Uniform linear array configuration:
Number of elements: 32
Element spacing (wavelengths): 0.5
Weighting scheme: blackman
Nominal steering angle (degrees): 45
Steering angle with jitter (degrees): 46.619
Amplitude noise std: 0.05
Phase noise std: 0.05

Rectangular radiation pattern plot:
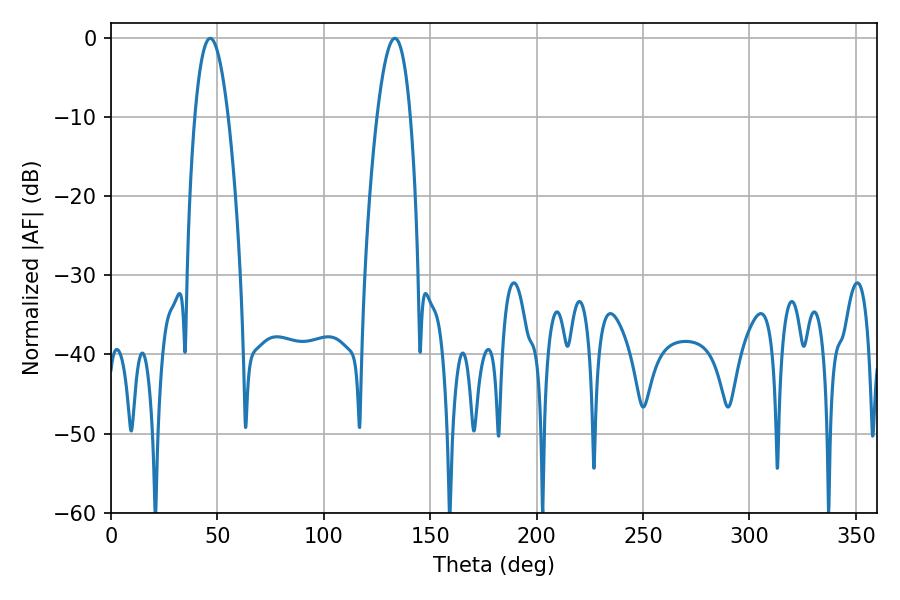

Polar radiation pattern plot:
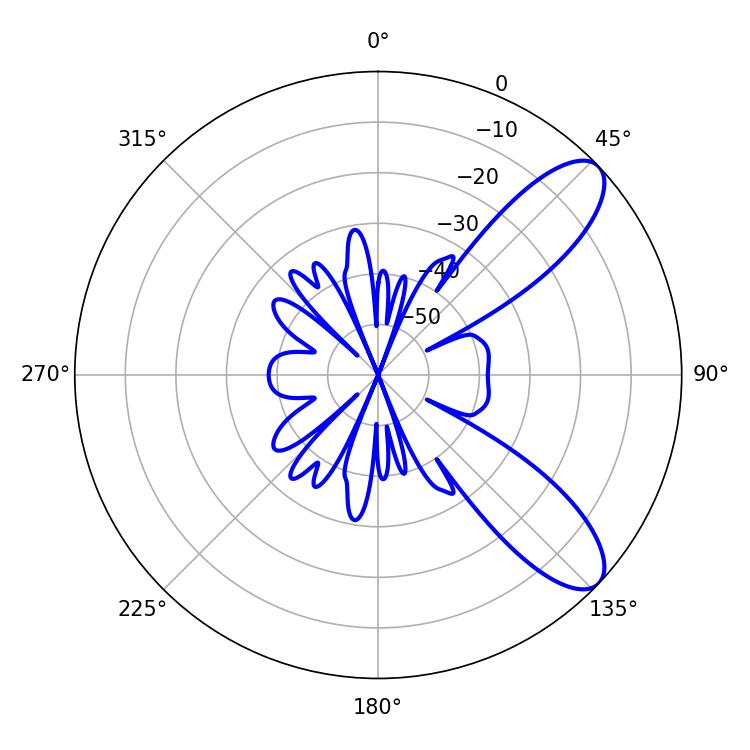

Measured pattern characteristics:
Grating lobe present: FALSE
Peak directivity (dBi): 9.279
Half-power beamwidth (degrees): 8.64
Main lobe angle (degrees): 46.62